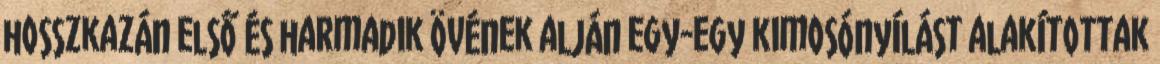
hosszkazán első és harmadik övének alján egy-egy kimosónyílást alakítottak